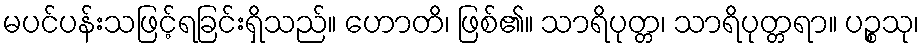
မပင်ပန်းသဖြင့်ရခြင်းရှိသည်။ ဟောတိ၊ ဖြစ်၏။ သာရိပုတ္တ၊ သာရိပုတ္တရာ။ ပဉ္စသု၊